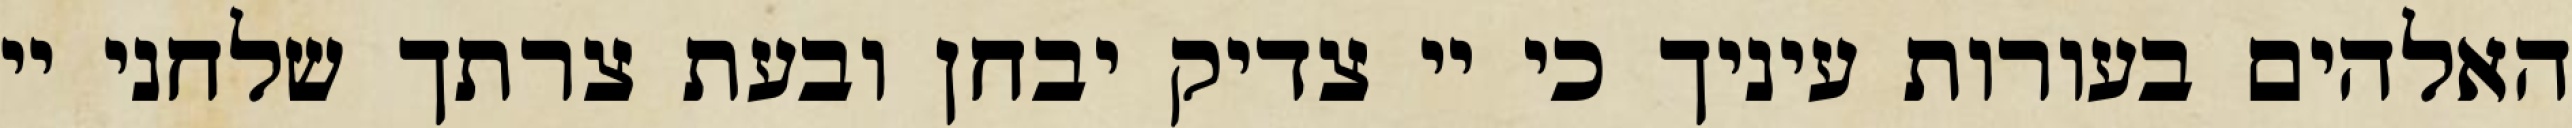
האלהים בעורות עיניך כי יי צדיק יבחן ובעת צרתך שלחני יי